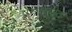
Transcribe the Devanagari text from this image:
प्रेमसंगीत